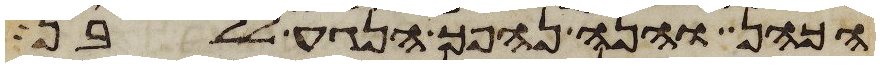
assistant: הכהן והנה נהפך הנגע ללבן